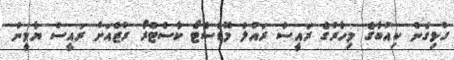
ގުޅިގެން ކިއުބާގެ މިހާރުގެ ރައީސް ރައުލް މޮޑެސްޓޯ ކާސްޓްރޯ ރުޒްއަށް ރައީސް ޔާމީން